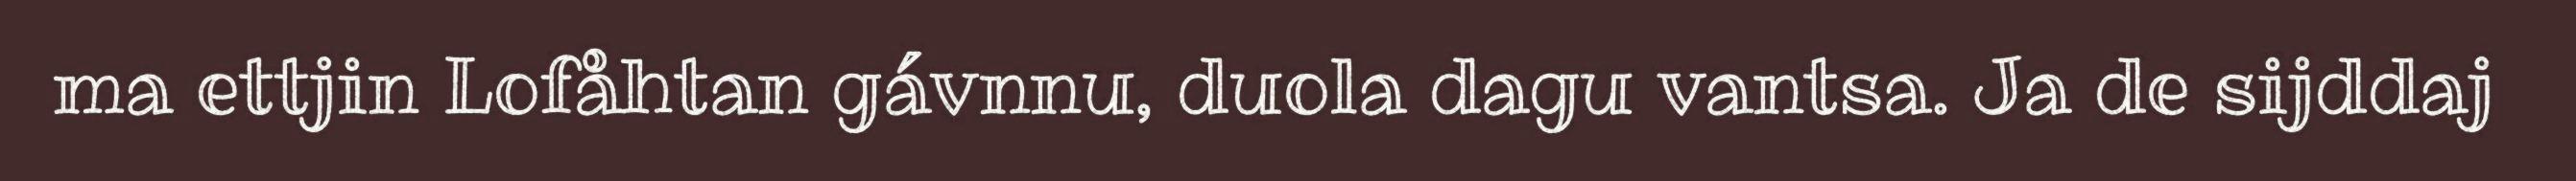
ma ettjin Lofåhtan gávnnu, duola dagu vantsa. Ja de sijddaj